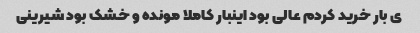
ی بار خرید کردم عالی بود اینبار کاملا مونده و خشک بود شیرینی